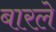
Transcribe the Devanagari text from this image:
बारले